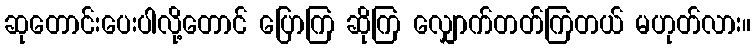
ဆုတောင်းပေးပါလို့တောင် ပြောကြ ဆိုကြ လျှောက်တတ်ကြတယ် မဟုတ်လား။